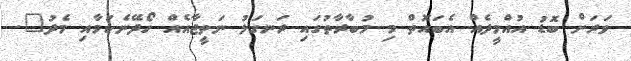
ވަރަށް ބޮޑު އުއްމީދެއް އެބައޮތް މި މުބާރާތުގައި ރަނގަޅު ނަތީޖާއެއް ހޯދޭނެކަމާއި މެދު".